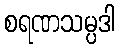
စရဏသမ္ပဒါ